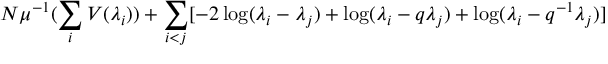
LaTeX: N \mu ^ { - 1 } ( \sum _ { i } V ( \lambda _ { i } ) ) + \sum _ { i < j } [ - 2 \log ( \lambda _ { i } - \lambda _ { j } ) + \log ( \lambda _ { i } - q \lambda _ { j } ) + \log ( \lambda _ { i } - q ^ { - 1 } \lambda _ { j } ) ]